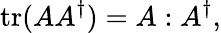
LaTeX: \mathrm{tr}(AA^{\dagger})=A:A^{\dagger},